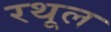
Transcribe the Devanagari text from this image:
रथूल